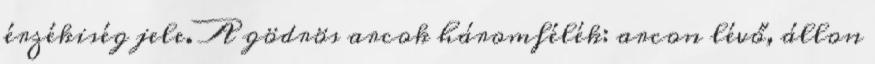
érzékiség jele. A gödrös arcok háromfélék: arcon lévő, állon